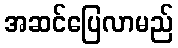
အဆင်ပြေလာမည်